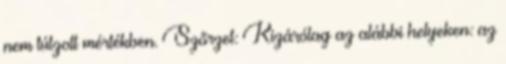
nem túlzott mértékben. Szőrzet: Kizárólag az alábbi helyeken: az